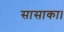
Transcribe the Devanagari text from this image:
सासाका।